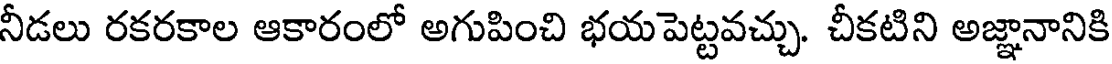
నీడలు రకరకాల ఆకారంలో అగుపించి భయపెట్టవచ్చు. చీకటిని అజ్ఞానానికి